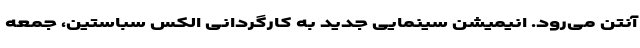
آنتن می‌رود. انیمیشن سینمایی جدید به کارگردانی الکس سباستین، جمعه